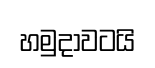
හමුදාවටයි